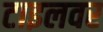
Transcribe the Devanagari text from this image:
टाइलवर